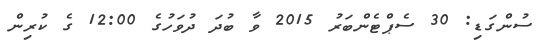
ސުންގަޑި: 30 ސެޕްޓެންބަރު 2015 ވާ ބުދަ ދުވަހުގެ 12:00 ގެ ކުރިން